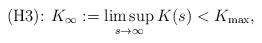
\begin{align*}\mbox{(H3): }K_\infty :=\limsup_{s\to \infty} K(s) < K_{\max},\end{align*}